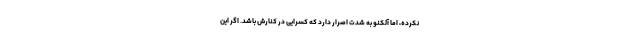
نکرده، اما آلکنو به شدت اصرار دارد که کسرایی در کنارش باشد. اگر این